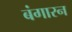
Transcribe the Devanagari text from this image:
बंगारन